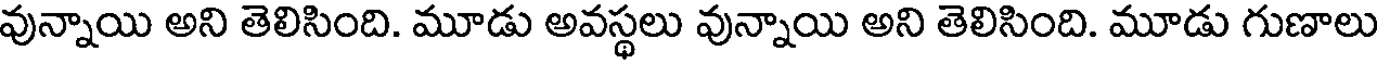
వున్నాయి అని తెలిసింది. మూడు అవస్థలు వున్నాయి అని తెలిసింది. మూడు గుణాలు